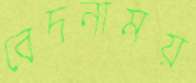
বেদনাময়